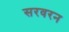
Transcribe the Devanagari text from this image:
सरवरन